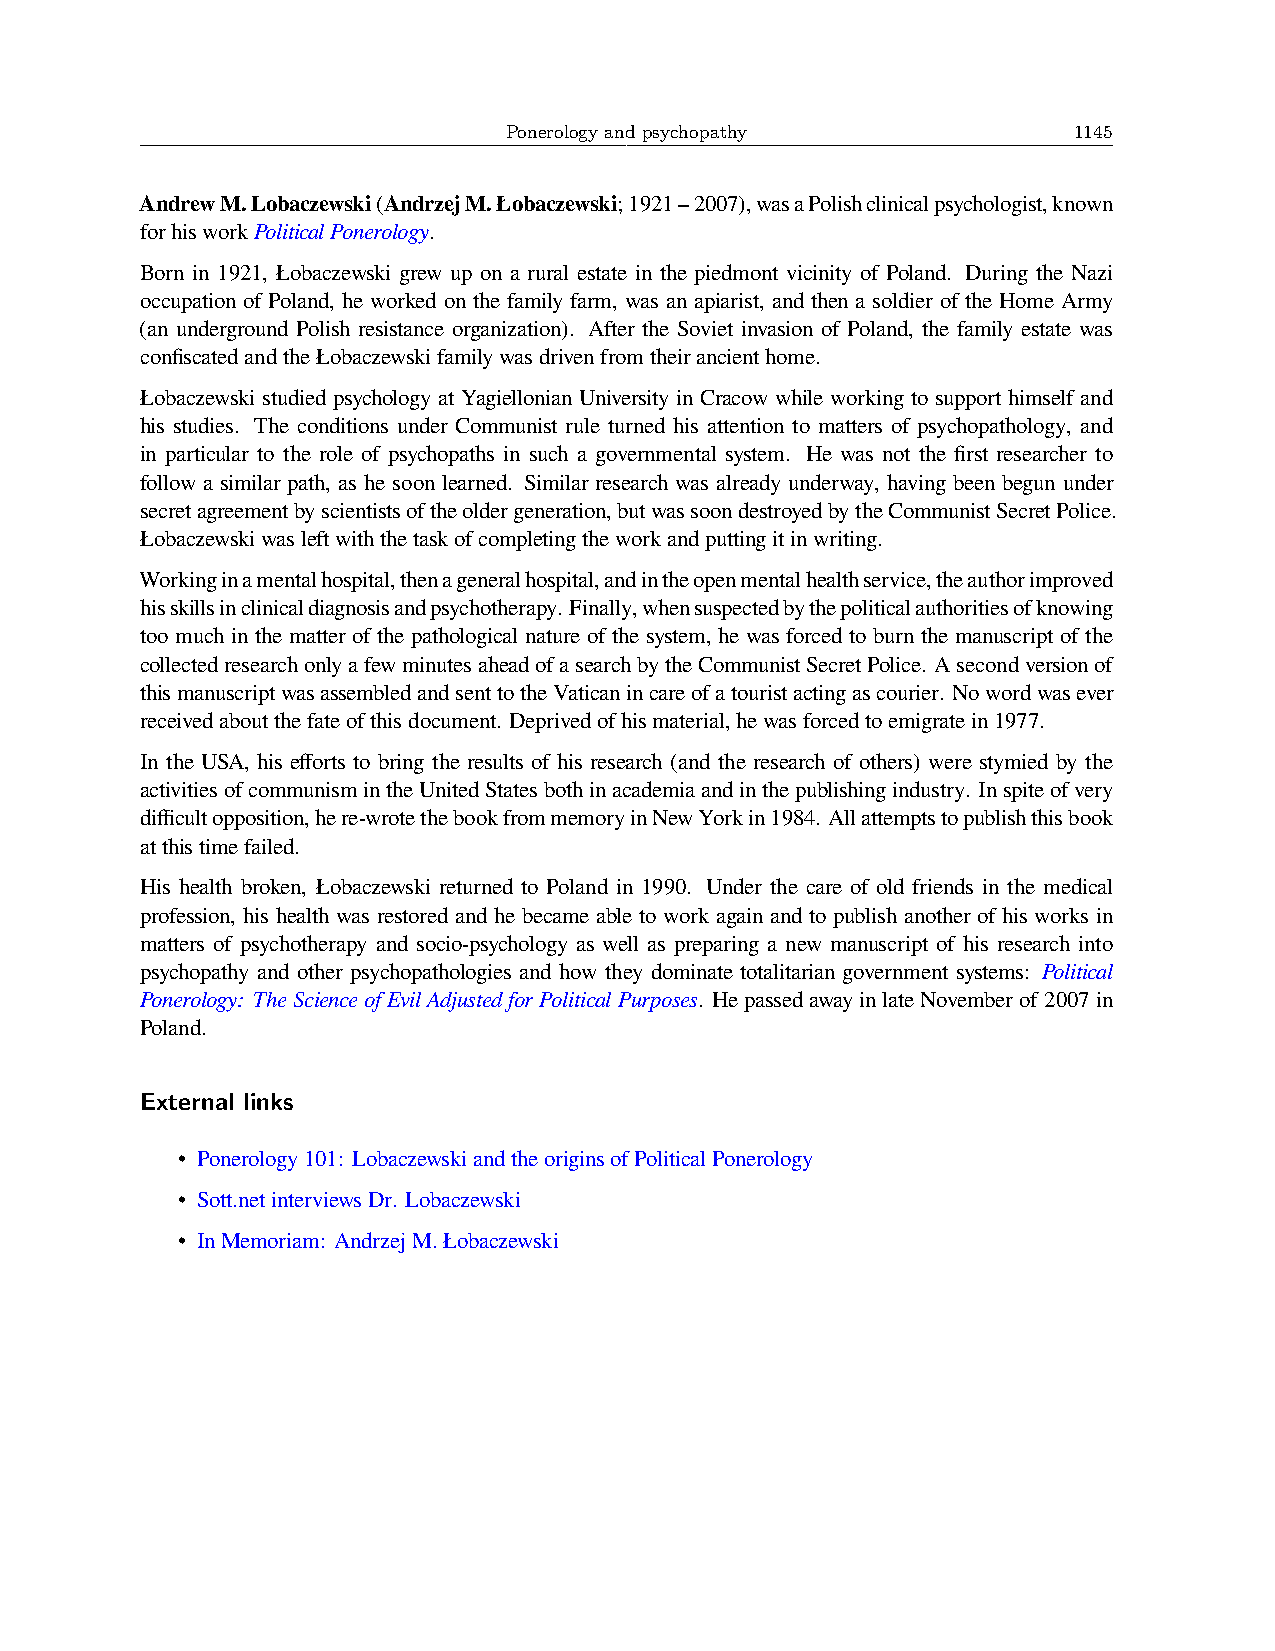
Ponerology and psychopathy            1145
 AndrewM.Lobaczewski(AndrzejM.Łobaczewski;1921–2007),wasaPolishclinicalpsychologist,known
 forhisworkPoliticalPonerology.
 Born in 1921, Łobaczewski grew up on a rural estate in the piedmont vicinity of Poland. During the Nazi
 occupation of Poland, he worked on the family farm, was an apiarist, and then a soldier of the Home Army
 (an underground Polish resistance organization). After the Soviet invasion of Poland, the family estate was
 confiscatedandtheŁobaczewskifamilywasdrivenfromtheirancienthome.
 Łobaczewski studied psychology at Yagiellonian University in Cracow while working to support himself and
 his studies. The conditions under Communist rule turned his attention to matters of psychopathology, and
 in particular to the role of psychopaths in such a governmental system. He was not the first researcher to
 follow a similar path, as he soon learned. Similar research was already underway, having been begun under
 secretagreementbyscientistsoftheoldergeneration,butwassoondestroyedbytheCommunistSecretPolice.
 Łobaczewskiwasleftwiththetaskofcompletingtheworkandputtingitinwriting.
 Workinginamentalhospital,thenageneralhospital,andintheopenmentalhealthservice,theauthorimproved
 hisskillsinclinicaldiagnosisandpsychotherapy. Finally,whensuspectedbythepoliticalauthoritiesofknowing
 too much in the matter of the pathological nature of the system, he was forced to burn the manuscript of the
 collectedresearchonlyafewminutesaheadofasearchbytheCommunistSecretPolice. Asecondversionof
 thismanuscriptwasassembledandsenttotheVaticanincareofatouristactingascourier. Nowordwasever
 receivedaboutthefateofthisdocument. Deprivedofhismaterial,hewasforcedtoemigratein1977.
 In the USA, his efforts to bring the results of his research (and the research of others) were stymied by the
 activitiesofcommunismintheUnitedStatesbothinacademiaandinthepublishingindustry. Inspiteofvery
 difficultopposition,here-wrotethebookfrommemoryinNewYorkin1984. Allattemptstopublishthisbook
 atthistimefailed.
 His health broken, Łobaczewski returned to Poland in 1990. Under the care of old friends in the medical
 profession, his health was restored and he became able to work again and to publish another of his works in
 matters of psychotherapy and socio-psychology as well as preparing a new manuscript of his research into
 psychopathy and other psychopathologies and how they dominate totalitarian government systems: Political
 Ponerology: TheScienceofEvilAdjustedforPoliticalPurposes. HepassedawayinlateNovemberof2007in
 Poland.
 External links
 • Ponerology101: LobaczewskiandtheoriginsofPoliticalPonerology
 • Sott.netinterviewsDr. Lobaczewski
 • InMemoriam: AndrzejM.Łobaczewski